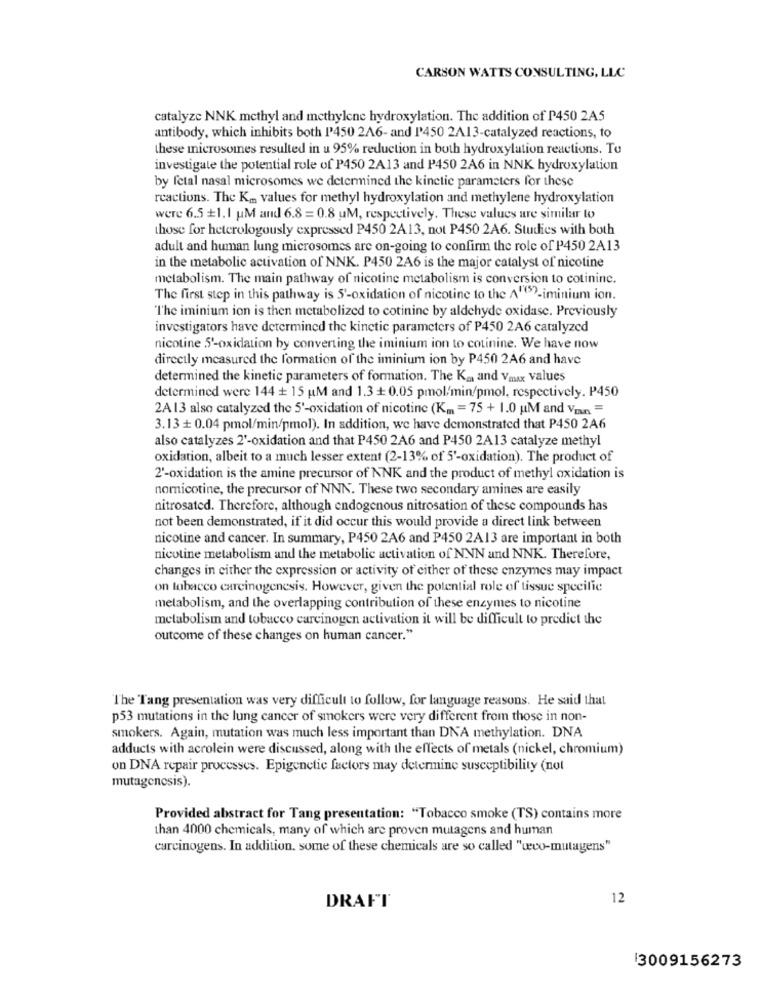
CARSON WATTS CONSULTING, LLC
catalyze NNK methyl and methylene hydroxylation. The addition of P450 2A5
antibody, which inhibits both P450 2A6- and I'450 2A13-catalyzed reactions, to
these microsomes resulted in u 95% reduction in both hydroxylation reactions. To
investigate the potential role of P450 2A13 and P450 2A6 in NNK hydroxylation
by fetal nasal microsomes we determined the kinetic parameters for these
reactions. The Km values for methyl hydroxylation and methylene hydroxylation
were 6.5 +1.1 uM and 6.8 = 0.8 uM, respectively. These values are similar to
those for heterologously expressed P450 2A13, not P450 2A6. Studies with both
adult and human lung microsomes are on-going to confirm the role of P450 2A13
in the metabolic activation of NNK. P450 2A6 is the major catalyst of nicotine
metabolism. The main pathway of nicotine metabolism is conversion to cotininc.
The first step in this pathway is S'-oxidation of nicotine to the A1(5)-iminium ion.
"The iminium ion is then metabolized to cotinine by aldehyde oxidase. Previously
investigators have determined the kinetic parameters of P450 2A6 catalyzed
nicotine 5'-oxidation by converting the iminium ion to cotinine. We have now
directly measured the formation of the iminium ion by P450 2A6 and have
determined the kinetic parameters of formation. The Ka and Vaux values
determined were 144 + 15 M and 1.3 + 0.05 pmol/min/pmol, respectively. P450
2A 13 also catalyzed the 5'-oxidation of nicotine (Km =75 + 1.0 M and Von =
3.13 + 0.04 pmol/min/pmol). In addition, we have demonstrated that P450 2A6
also catalyzes 2'-oxidation and that P450 2A6 and P450 2A13 catalyze methyl
oxidation, albeit to a much lesser extent (2-13% of 5'-oxidation). The product of
2'-oxidation is the amine precursor of NNK and the product of methyl oxidation is
nomicotine, the precursor of NNN. These two secondary amines are easily
nitrosated. Therefore, although endogenous nitrosation of these compounds has
not been demonstrated, if it did occur this would provide a direct link between
nicotine and cancer. In summary, P450 2A6 and P450 2A13 are important in both
nicotine metabolism and the metabolic activation of NNN and NNK. Therefore,
changes in either the expression or activity of either of these enzymes may impact
on tobacco carcinogenesis. However, given the potential role of tissue specific
metabolism, and the overlapping contribution of these enzymes to nicotine
metabolism and tobacco carcinogen activation it will be difficult to predict the
outcome of these changes on human cancer."
The Tang presentation was very difficult to follow, for language reasons. He said that
p53 mutations in the lung cancer of smokers were very different from those in non-
smokers. Again, mutation was much less important than DNA methylation. DNA
adducts with acrolein were discussed, along with the effects of metals (nickel, chromium)
on DNA repair processes. Epigenetic factors may determine susceptibility (not
mutagenesis).
Provided abstract for Tang presentation: "Tobacco smoke (TS) contains more
than 4000 chemicals, many of which are proven mutagens and human
carcinogens. In addition. some of these chemicals are so called "wevo-mutagens"
12
DRAFT
13009156273